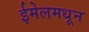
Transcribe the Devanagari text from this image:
ईमेलमधून